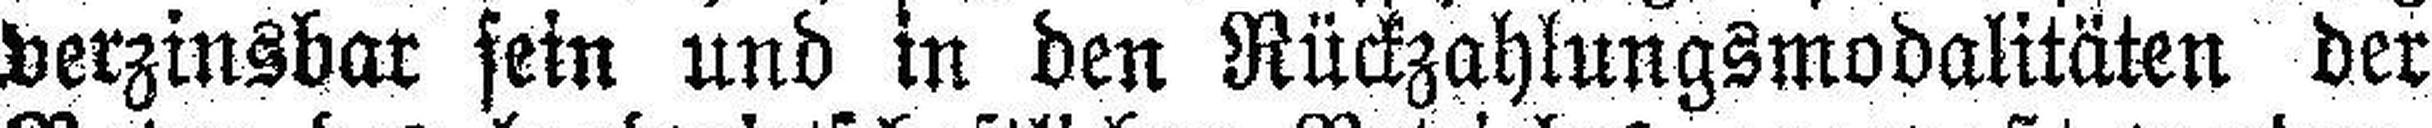
verzinsbar sein und in den Rückzahlungsmodalitäten der